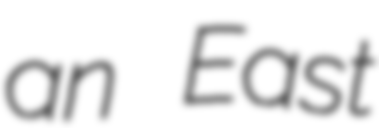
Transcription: an East